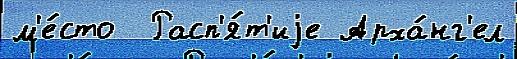
м'е́сто  Расп'я́т'иjе Арха́нг'ел